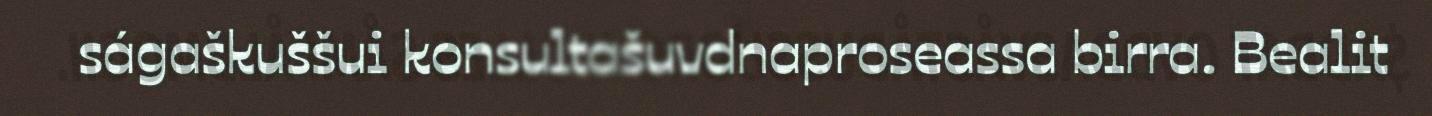
ságaškuššui konsultašuvdnaproseassa birra. Bealit